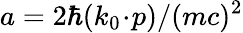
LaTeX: a=2\hbar(k_{0}\! \cdot\! p)/(mc)^{2}